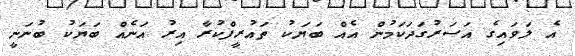
އެ ލަވައިގެ އަސަރުގަދަކަމުން އެއް ބަޔަކު ތައުރީފްކުރާ އިރު އަނެއް ބަޔަކު ބުނަނީ